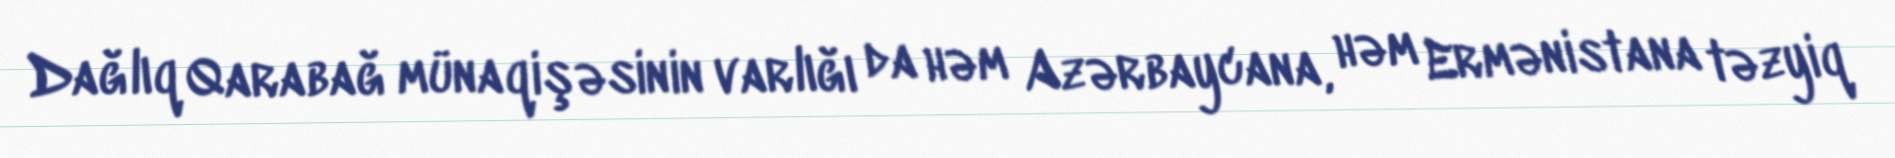
Dağlıq Qarabağ münaqişəsinin varlığı da həm Azərbaycana, həm Ermənistana təzyiq